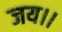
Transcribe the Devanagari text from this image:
जय।।